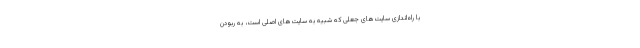
با راه‌اندازی سایت‌های جعلی که شبیه به سایت‌های اصلی است، به ربودن